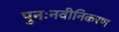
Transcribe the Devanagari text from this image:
पुनःनवीनिकरण